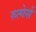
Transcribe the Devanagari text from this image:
रुत्गेर्स